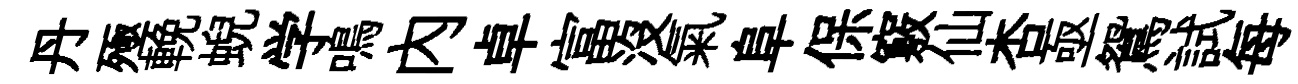
丹殛輓蜺学鳴內卓富没氣阜保竅仙杏亟鴛試每